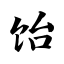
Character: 饴